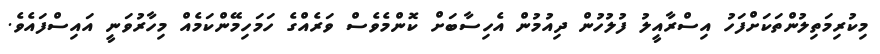
މިކުރިމަތިލުންތަކަށްފަހު އިސްރާއީލު ފުލުހުން ދިއުމުން އެހިސާބަށް ކޮންމެވެސް ވަރެއްގެ ހަމަހިމޭންކަމެއް މިހާރުވަނީ އައިސްފައެވެ.